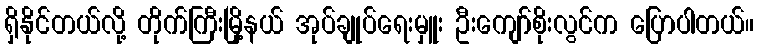
ရှိနိုင်တယ်လို့ တိုက်ကြီးမြို့နယ် အုပ်ချုပ်ရေးမှူး ဦးကျော်စိုးလွင်က ပြောပါတယ်။